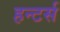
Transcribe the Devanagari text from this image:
हन्टर्स